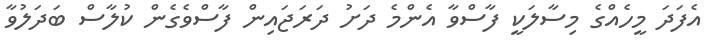
އެފަދަ މީހެއްގެ މިސާލަކީ ފާސްވާ އެންމެ ދަށު ދަރަޖައިން ފާސްވެގެން ކުލާސް ބަދަލުވާ